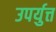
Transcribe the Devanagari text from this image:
उपर्युत्त